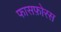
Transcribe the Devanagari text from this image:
फासफ़ोरस